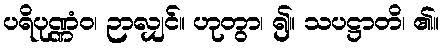
ပရိပုဏ္ဏံဝ၊ ဉာလျှင်။ ဟုတွာ၊ ၍။ သပဋ္ဌာတိ၊ ၏။